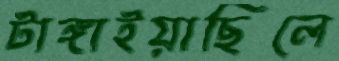
টাঙ্গাইয়াছিলে